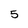
Character: 5